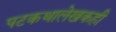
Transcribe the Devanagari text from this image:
पटकथालेखकही